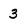
Character: 3